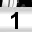
Digit: 1